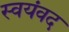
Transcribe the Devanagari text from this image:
स्वयंवद